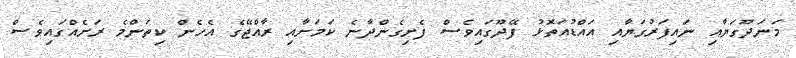
މަނަދޫގަޔާއި ނައިފަރުގަޔާއި އައްޑުއަތޮޅު ފޭދޫގައިވެސް ފެށިގެންދާނެ ކަމަށާއި ރާއްޖޭގެ އެހެން ކިތަންމެ ރަށެއްގައިވެސް